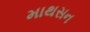
માથસન